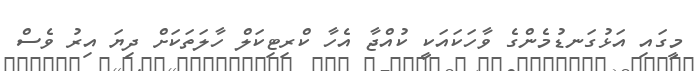
މީގައި އަޅުގަނޑުމެންގެ ވާހަކައަކީ ކުއްޖާ އެހާ ކްރިޓިކަލް ހާލަތަކަށް ދިޔަ އިރު ވެސް